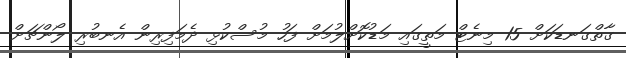
ގާތްގަނޑަކަށް 15 މިނެޓް މަތީގައި މަޑުކޮށްލުމަށް ފަހު މުސްކުޅި ދެމަފިރިން އެނބުރި ލޯންޗަށް